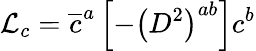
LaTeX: {\cal{L}}_{c}=\overline{{{c}}}^{a}\left[-\left(D^{2}\right)^{ab}\right]c^{b}